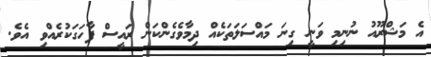
އެ މަޝްރޫއު ނުނިމި ވަނީ ގިނަ މައްސަލަތަކެއް ދިމާވެގެންކަން ރައީސް ފާހަގަކުރެއްވި އެވެ.